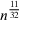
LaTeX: n ^ { \frac { 1 1 } { 3 2 } }